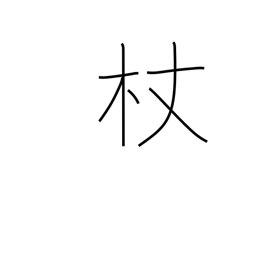
Meaning: staff